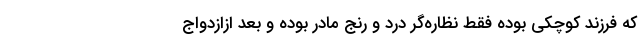
که فرزند کوچکی بوده فقط نظاره‌گر درد و رنج مادر بوده و بعد ازازدواج